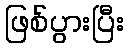
ဖြစ်ပွားပြီး